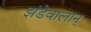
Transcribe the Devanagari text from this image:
झंडेवालान्